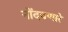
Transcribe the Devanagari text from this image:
नोंदवणारे